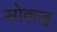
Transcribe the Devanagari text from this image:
सोकाइ